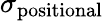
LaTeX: \sigma_{\mathrm{positional}}